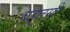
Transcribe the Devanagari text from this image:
बहुतयी